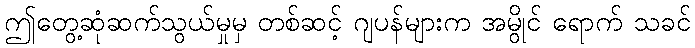
ဤတွေ့ဆုံဆက်သွယ်မှုမှ တစ်ဆင့် ဂျပန်များက အမွိုင် ရောက် သခင်